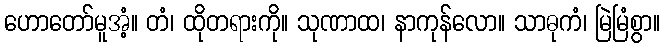
ဟောတော်မူအံ့။ တံ၊ ထိုတရားကို။ သုဏာထ၊ နာကုန်လော။ သာဓုကံ၊ မြဲမြံစွာ။